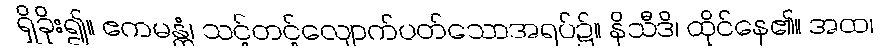
ရှိခိုး၍။ ဧကမန္တံ၊ သင့်တင့်လျောက်ပတ်သောအရပ်၌။ နိသီဒိ၊ ထိုင်နေ၏။ အထ၊